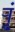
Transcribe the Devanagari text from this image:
र्‍ाृ